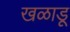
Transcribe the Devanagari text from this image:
खळाडू